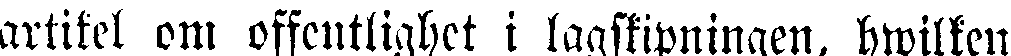
artikel om offentlighet i lagstiftningen, hwilken